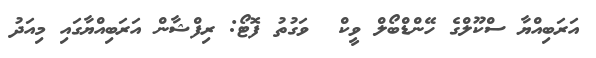
އަރަބިއްޔާ ސްކޫލްގެ ހޭންޑްބޯލް ވީކް  ވަގުތު ފޮޓޯ: ރިފްޝާން އަރަބިއްޔާގައި މިއަދު